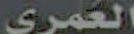
العمري